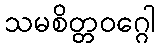
သမစိတ္တဝဂ္ဂေါ